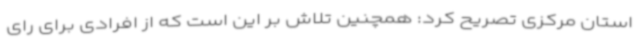
استان مرکزی تصریح کرد: همچنین تلاش بر این است که از افرادی برای رای